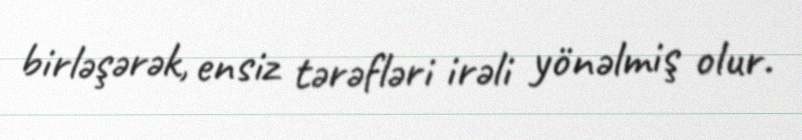
birləşərək, ensiz tərəfləri irəli yönəlmiş olur.